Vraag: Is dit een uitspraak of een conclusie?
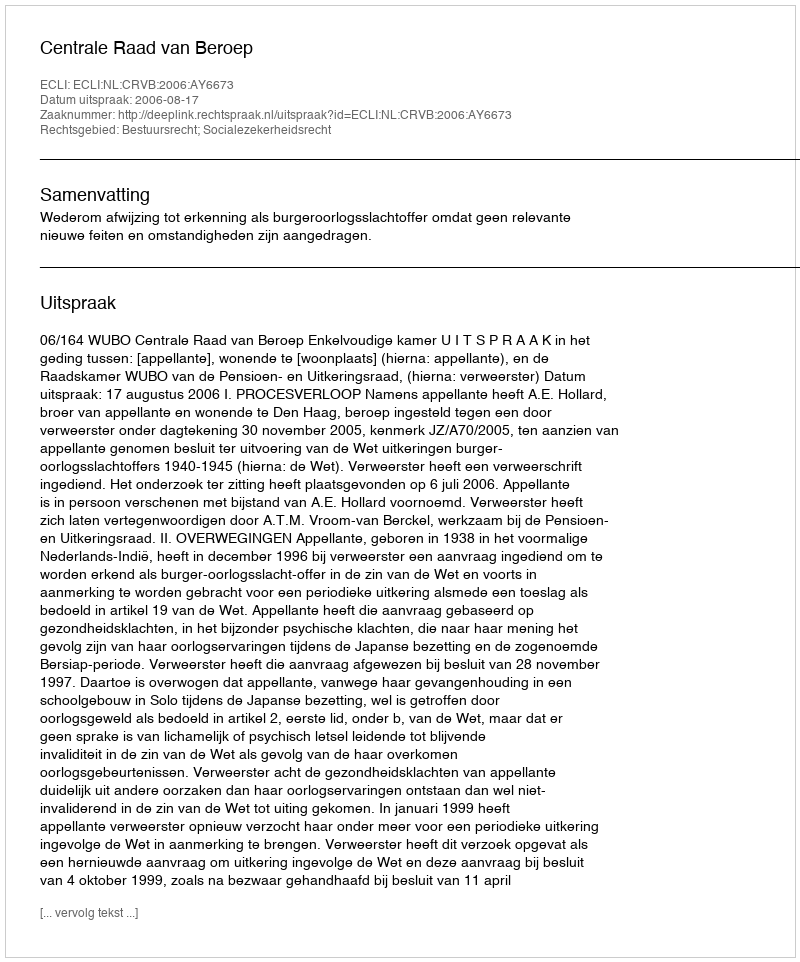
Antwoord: Uitspraak